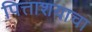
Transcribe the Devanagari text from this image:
पित्ताशयाचा